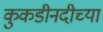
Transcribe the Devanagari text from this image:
कुकडीनदीच्या